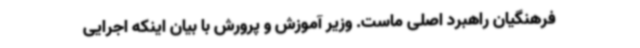
فرهنگیان راهبرد اصلی ماست. وزیر آموزش و پرورش با بیان اینکه اجرایی